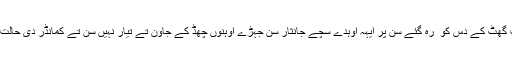
جتھے دے بندے وی گھٹ گھٹ کے دس کو ُ رہ گئے سن پر ایہہ اوہدے سچے جانثار سن جہڑے اوہنوں چھڈ کے جاون تے تیار نہیں سن تے کمانڈر دی حالت نوں ویکھ پریشان ہوندے ۔